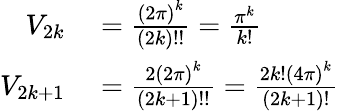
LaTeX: \begin{array}{rl}{V_{2k}}&{{}={\frac{\left(2\pi\right)^{k}}{(2k)!!}}={\frac{\pi^{k}}{k!}}}\\ {V_{2k+1}}&{{}={\frac{2\left(2\pi\right)^{k}}{(2k+1)!!}}={\frac{2k!\left(4\pi\right)^{k}}{(2k+1)!}}}\end{array}